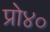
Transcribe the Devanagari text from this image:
प्रो४०